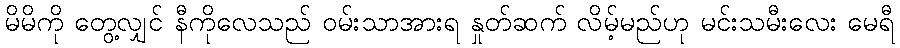
မိမိကို တွေ့လျှင် နီကိုလေသည် ဝမ်းသာအားရ နှုတ်ဆက် လိမ့်မည်ဟု မင်းသမီးလေး မေရီ